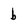
Character: b